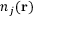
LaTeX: n _ { j } ( \mathbf { r } )